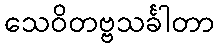
သေဝိတဗ္ဗသင်္ခါတာ